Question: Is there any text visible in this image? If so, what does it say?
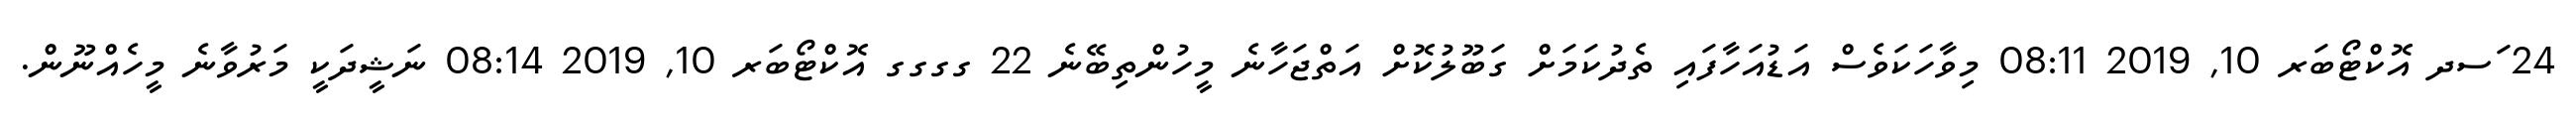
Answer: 24 ަސދ އޮކްޓޯބަރ 10, 2019 08:11 މިވާހަކަވެސް އަޑުއަހާފައި ތެދުކަމަށް ގަބޫލުކޮށް އަތްޖަހާނެ މީހުންތިބޭނެ 22 ގގގގ އޮކްޓޯބަރ 10, 2019 08:14 ނަޝީދަކީ މަރުވާނެ މީހެއްނޫން.